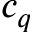
c _ { q }